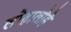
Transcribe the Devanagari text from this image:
लोहालोहे